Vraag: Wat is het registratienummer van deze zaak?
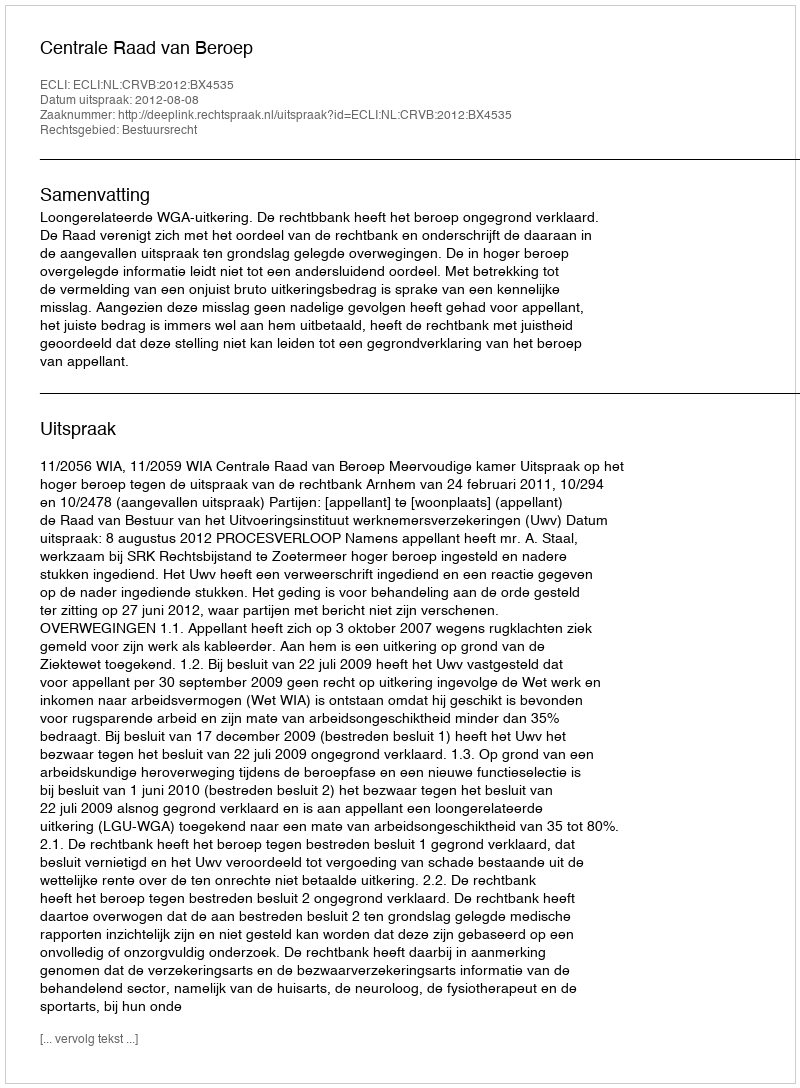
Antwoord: http://deeplink.rechtspraak.nl/uitspraak?id=ECLI:NL:CRVB:2012:BX4535